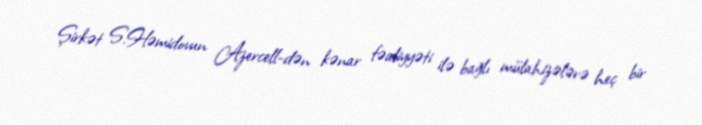
Şirkət S.Həmidovun Azercell-dən kənar fəaliyyəti ilə bağlı mülahizələrə heç bir